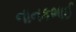
નાનકભાઈ